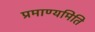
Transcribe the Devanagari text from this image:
प्रमाण्यमिति